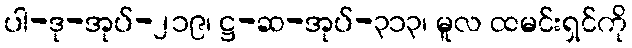
ပါ-ဒု-အုပ်-၂၁၉၊ ဋ္ဌ-ဆ-အုပ်-၃၁၃၊ မူလ ထမင်းရှင်ကို